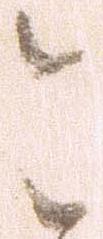
と